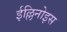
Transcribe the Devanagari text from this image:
ईल्लिनोइस